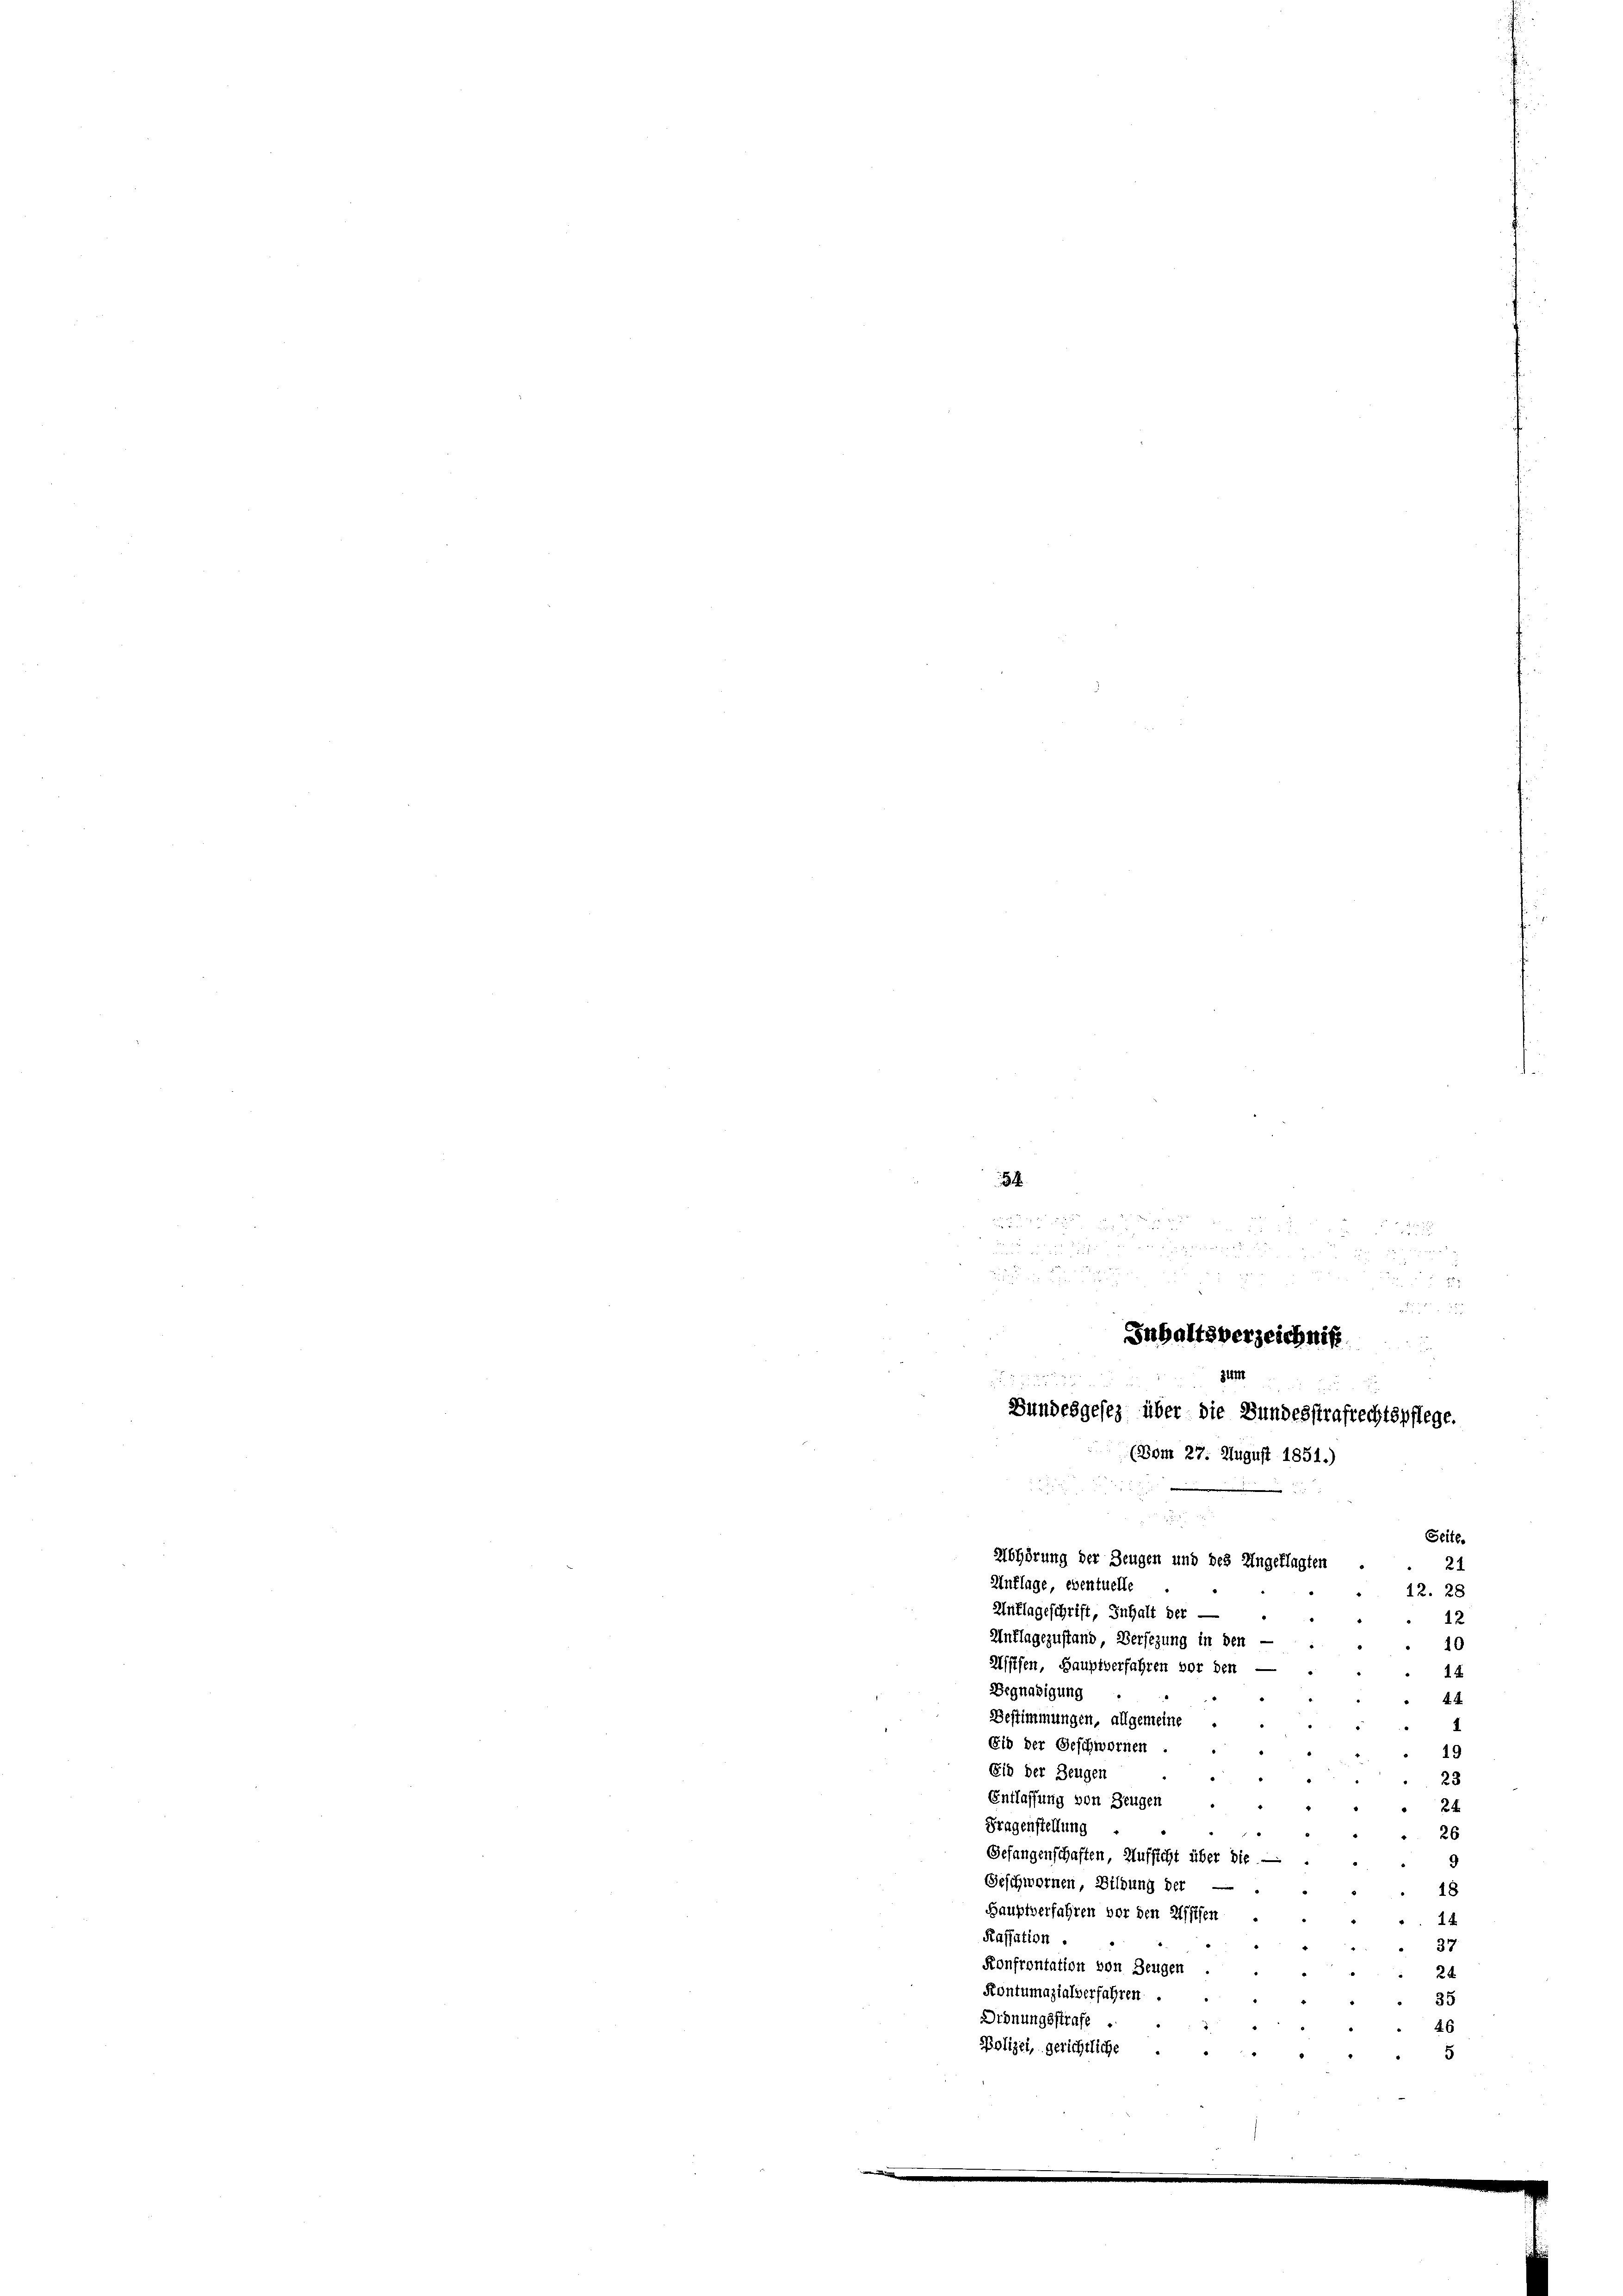
d

2 Fr. 18

e

Juhaltsverzeichniß
zum

Bundesgesez über die Bundesstrafrechtspflege.
(Vom 27. August 1851.

54

u

Seite.
Abhörung der Zeugen und des Ungeklagten
21
Unflage eventuelle
12. 28
Unflageschrift, Inhalt der
12
¬
Unflagezustand, Versezung in den —
10
Ustfen, Hauptverfahren vor den —
14
Begnadigung
4.
.
Bestimmungen, allgemeine
1
1
Eid der Geschwornen .
19
Eid der Zeugen
23
Entlassung von Zeugen
24
Fragenstellung
26
Gefangenschaften, Aufsicht über die
9
Geschwornen, Bildung der
18
.
Hauptverfahren vor den Wistfen
14.
.
Kassation .
37
2
Konfrontation von Zeugen
24
Kontumazialverfahren.
35
.
.
Ordnungsstrafe
46
Polizei, gerichtliche
5